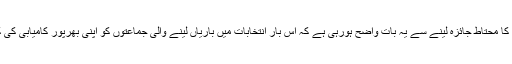
انتخابی سرگرمیوں کا محتاط جائزہ لینے سے یہ بات واضح ہورہی ہے کہ اِس بار انتخابات میں باریاں لینے والی جماعتوں کو اپنی بھرپور کامیابی کی کوئی امید نہیں ہے۔